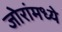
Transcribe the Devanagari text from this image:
जोरांमध्ये